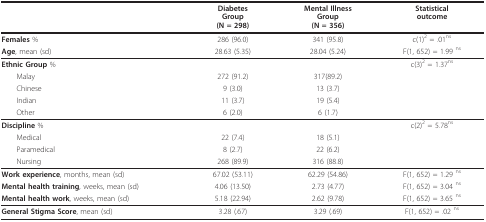
<table><thead><tr><td></td><td><b>DiabetesGroup(N = 298)</b></td><td><b>Mental IllnessGroup(N = 356)</b></td><td><b>Statisticaloutcome</b></td></tr></thead><tbody><tr><td><b>Females </b>%</td><td>286 (96.0)</td><td>341 (95.8)</td><td>c(1)<sup>2 </sup>= .01<sup>ns</sup></td></tr><tr><td><b>Age</b>, mean (sd)</td><td>28.63 (5.35)</td><td>28.04 (5.24)</td><td>F(1, 652) = 1.99 <sup>ns</sup></td></tr><tr><td><b>Ethnic Group </b>%</td><td></td><td></td><td>c(3)<sup>2 </sup>= 1.37<sup>ns</sup></td></tr><tr><td> Malay</td><td>272 (91.2)</td><td>317(89.2)</td><td></td></tr><tr><td> Chinese</td><td>9 (3.0)</td><td>13 (3.7)</td><td></td></tr><tr><td> Indian</td><td>11 (3.7)</td><td>19 (5.4)</td><td></td></tr><tr><td> Other</td><td>6 (2.0)</td><td>6 (1.7)</td><td></td></tr><tr><td><b>Discipline </b>%</td><td></td><td></td><td>c(2)<sup>2 </sup>= 5.78<sup>ns</sup></td></tr><tr><td> Medical</td><td>22 (7.4)</td><td>18 (5.1)</td><td></td></tr><tr><td> Paramedical</td><td>8 (2.7)</td><td>22 (6.2)</td><td></td></tr><tr><td> Nursing</td><td>268 (89.9)</td><td>316 (88.8)</td><td></td></tr><tr><td><b>Work experience</b>, months, mean (sd)</td><td>67.02 (53.11)</td><td>62.29 (54.86)</td><td>F(1, 652) = 1.29 <sup>ns</sup></td></tr><tr><td><b>Mental health training</b>, weeks, mean (sd)</td><td>4.06 (13.50)</td><td>2.73 (4.77)</td><td>F(1, 652) = 3.04 <sup>ns</sup></td></tr><tr><td><b>Mental health work</b>, weeks, mean (sd)</td><td>5.18 (22.94)</td><td>2.62 (9.78)</td><td>F(1, 652) = 3.65 <sup>ns</sup></td></tr><tr><td><b>General Stigma Score</b>, mean (sd)</td><td>3.28 (.67)</td><td>3.29 (.69)</td><td>F(1, 652) = .02 <sup>ns</sup></td></tr></tbody></table>